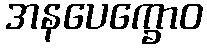
အနပေက္ခောဝ